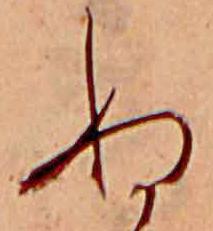
ぬ